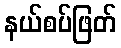
နယ်စပ်ဖြတ်